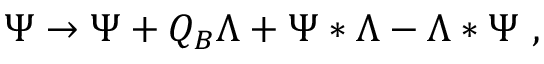
\Psi \to \Psi + Q _ { B } \Lambda + \Psi * \Lambda - \Lambda * \Psi \ ,